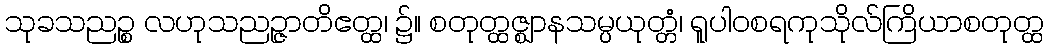
သုခသညဉ္စ လဟုသညဉ္ဇာတိဧတ္ထ၊ ၌။ စတုတ္ထဇ္ဈာနသမ္ပယုတ္တံ၊ ရူပါဝစရကုသိုလ်ကြိယာစတုတ္ထ